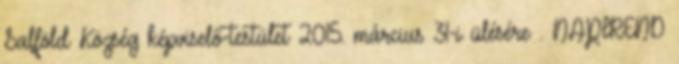
Salföld Község képviselő-testület 2015. március 31-i ülésére . NAPIREND